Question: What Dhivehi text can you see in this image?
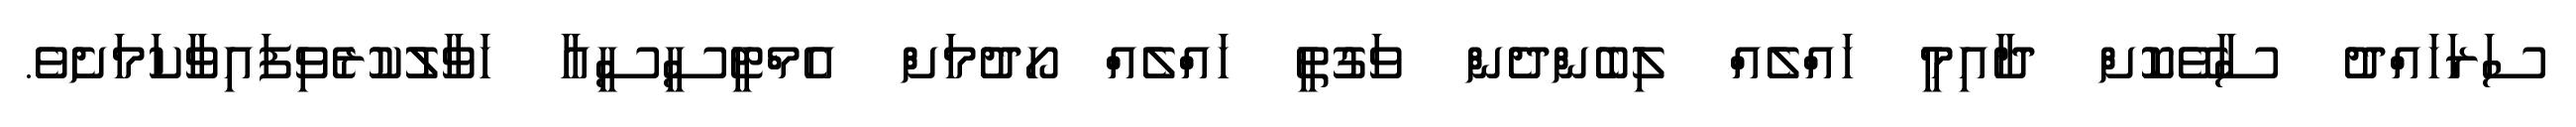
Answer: ސަރަހައްދު ސާވޭކޮށް ދާއިމީ ހައްލެއް ލިބެންދެން ވަގުތީ ހައްލެއް ހޯދުމަށް އެމްޓީސީސީއާ ހަވާލުކުރެވިފައިވާކަމަށެވެ.